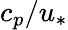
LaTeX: c_{p}/u_{*}